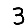
Digit: 3